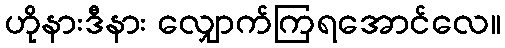
ဟိုနားဒီနား လျှောက်ကြရအောင်လေ။